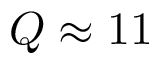
Q \approx 1 1